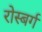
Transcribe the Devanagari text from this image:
रोस्बर्ग